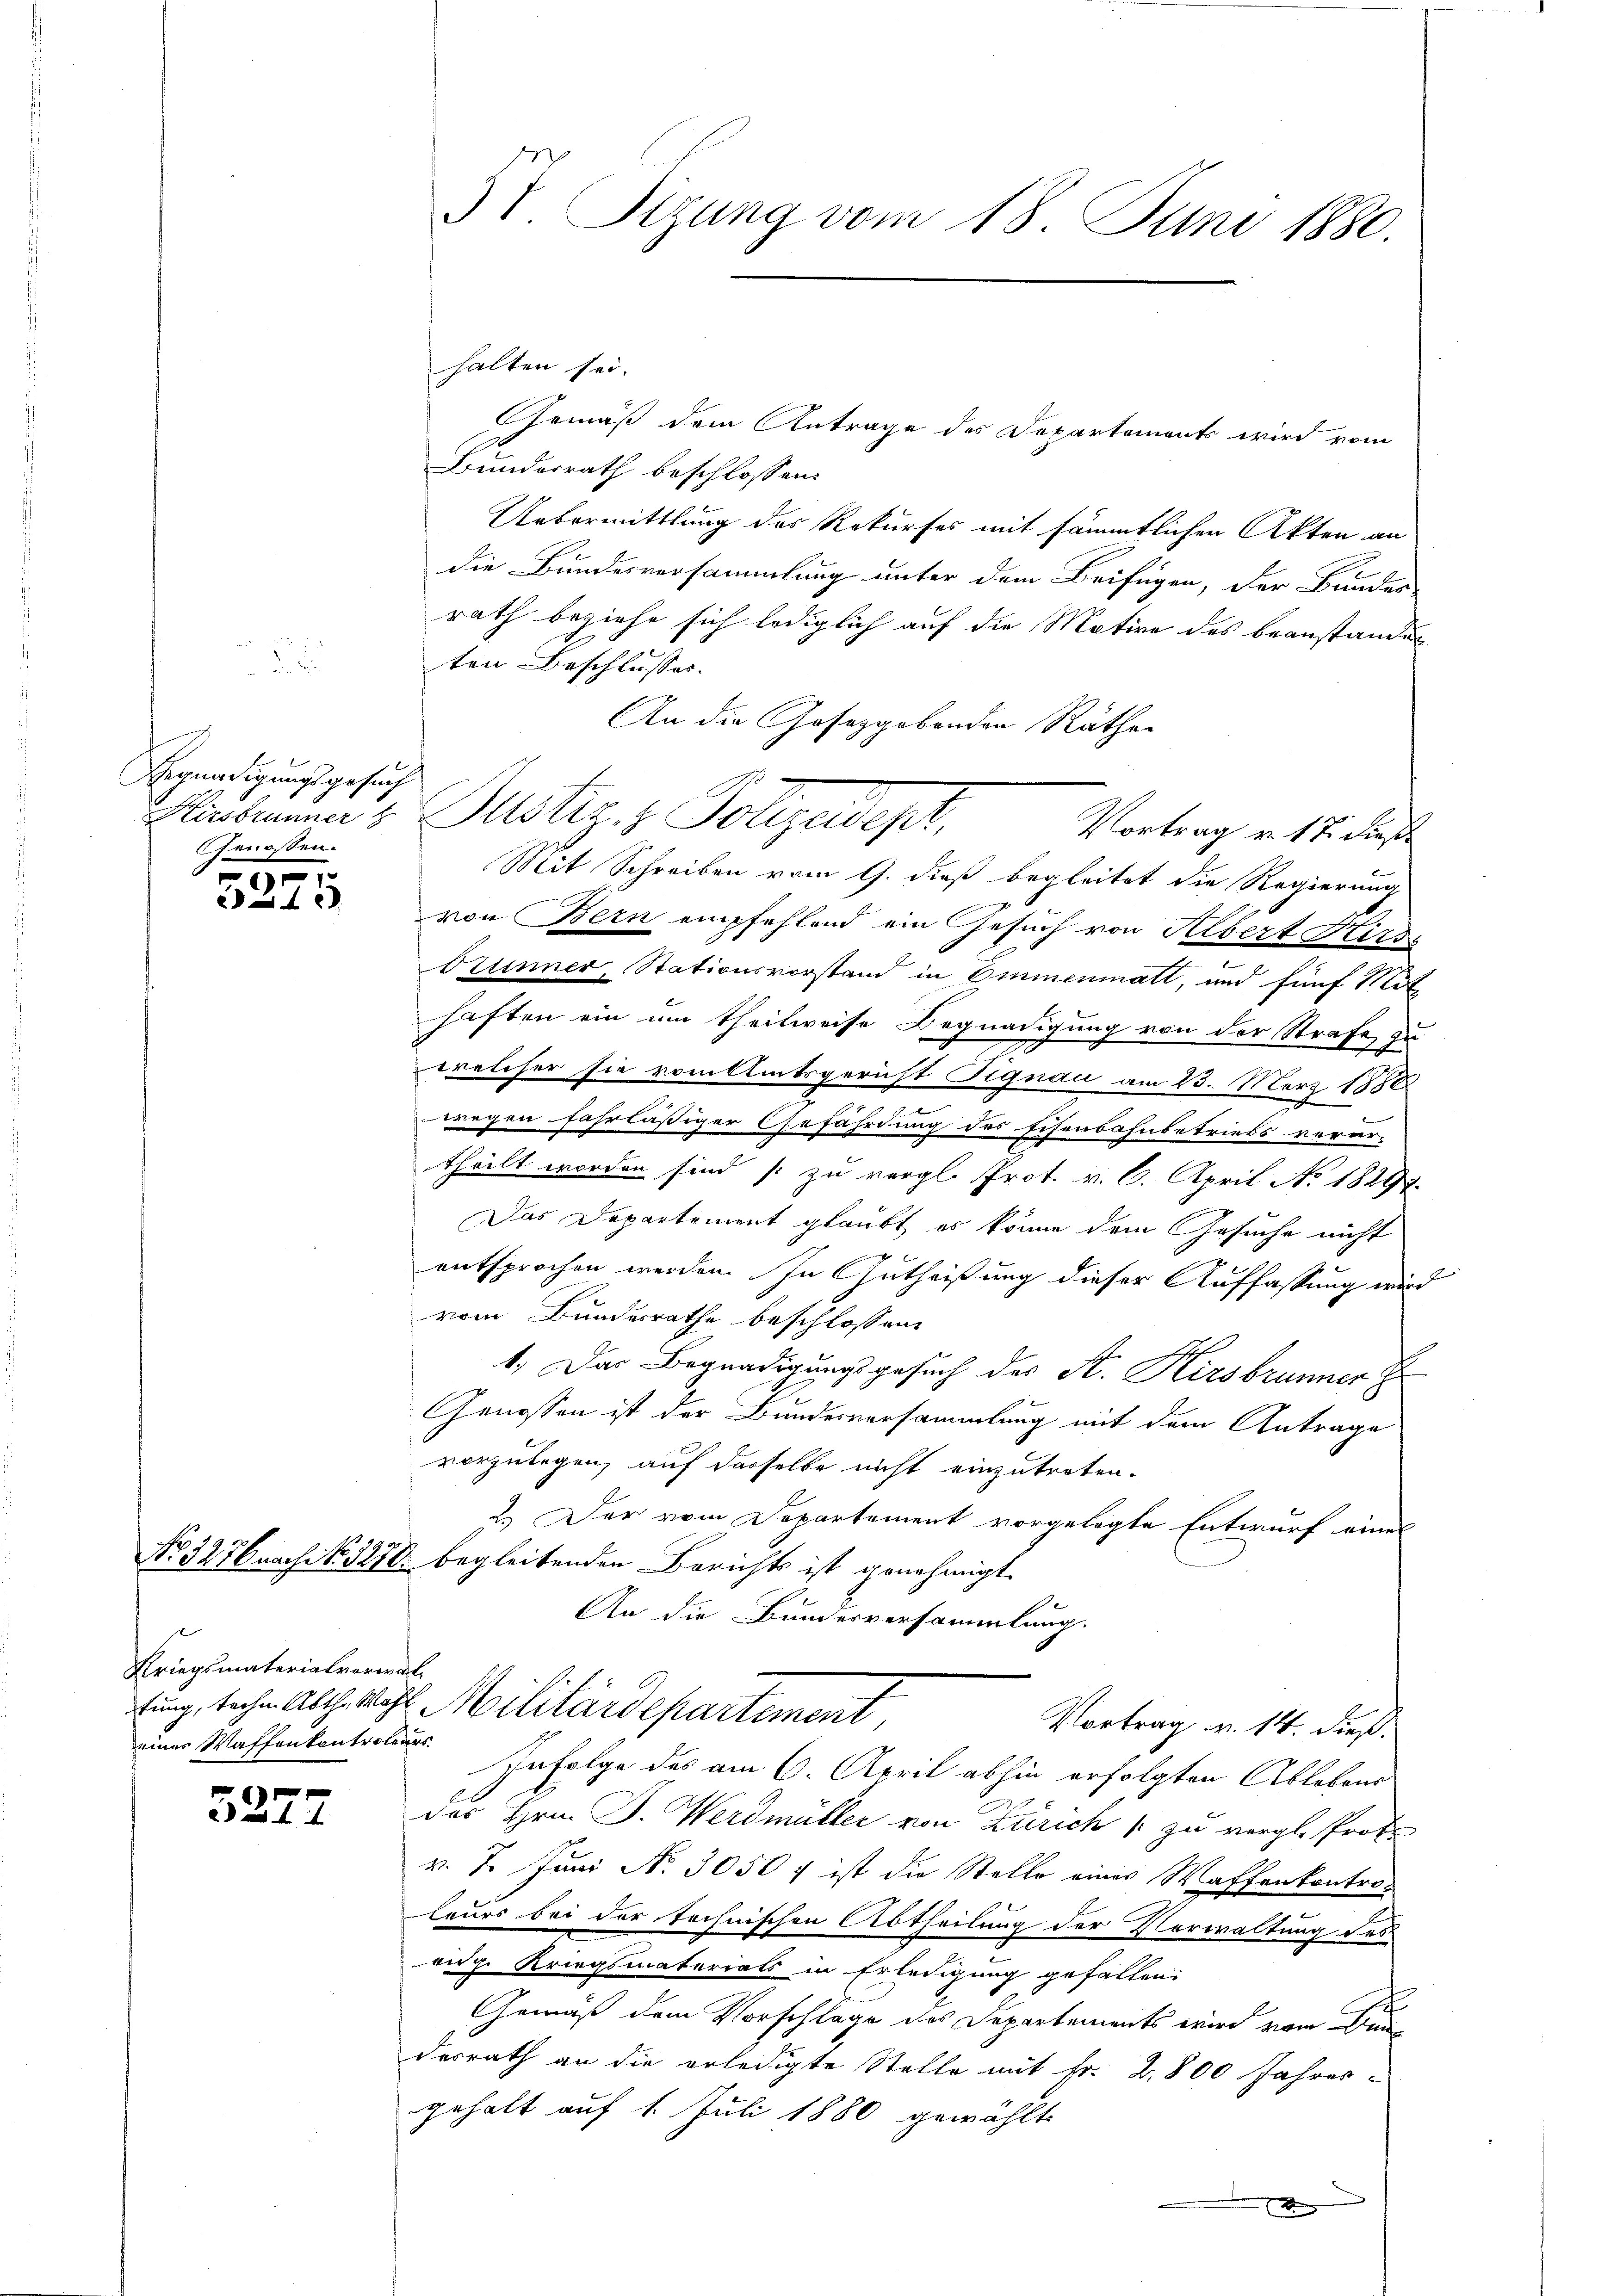
Begnadigungsgesuch
Genossen.
90

2

No. 3276 nach No. 12.

Kriegsmaterialverwaleines Waffenkontroleurs

x
214

3t. Sizung vom 18. Juni 1880

halten sei.
GGemäß dem Antrage des Departements wird vom
Bundesrath beschlossen:
Uebermittlung des Rekurses mit sämmtlichen Akten an
die Bundesvorsammlung unter dem Beifügen, der Bunder
rath beziehe sich lediglich auf die Motive des beanstandes
ten Beschlusses. |
An die Gesetzgebenden Räthen
Vortrag v. 17. dieß
Mit Schreiben vom 9. dieß begleitet die Regierung
von Bern empfehlend ein Gesuch von Albert Hirs
Drunner, Stationsvorstand in Emmenmatt, und fünf Mit-
haften ein um theilweise Begnadigung von der Strafe zu
welcher sie vom Amtsgericht Pignau am 25. März 1888
wegen fahrläßiger Gefährdung des schenbahnbetriebs verar-
theilt worden sind (zu vergl. Prot. v. 6. April No 1829.
Das Departement glaubt, es könne dem Gesuche nicht
entsprochen werden. In Zutheißung dieser Auffassung wird
vom Bundesrathe beschlossene
1. Das Begnadigungsgesuch des St. Hirsbrunner E
Genossen ist der Bundesversammlung mit dem Antrage
vorzulegen, auf desselbe nicht einzutreten.
2.) Der vom Departement vorgelegte Entwurf eines
76 begleitenden Berichts ist genehmigt.
An die Bundesversammlung.
fung, techen Abth. Wahl Militärdepartement,
Vortrag v. 14. dieß.
Infolge des am 6. April abhin erfolgten Ablebens
.
des Hrn. J. Werdmüller von Zürich zu vergl. Prof.
v. 7. Juni No 3050 f ist die Stelle eines Waffenkontroleurs bei der technischen Abtheilung der Verwaltung des
eige Kriegsmaterials in Erledigung gefallen
f
Gemäß dem Vorschläge des Departements wird vom Den
desrath an die erledigte Stelle mit Fr. 2800 Jahres-
gehalt auf 1. Juli 1880 gewählte

x
Glasbinner v. Justiz & Polizeidept

x